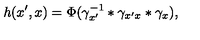
h ( x ^ { \prime } , x ) = \Phi ( \gamma _ { x ^ { \prime } } ^ { - 1 } * \gamma _ { x ^ { \prime } x } * \gamma _ { x } ) ,